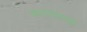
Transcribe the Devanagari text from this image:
रूपांतरामुळे